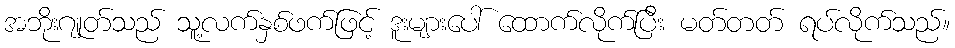
အဘိုးဂျုတ်သည် သူ့လက်နှစ်ဖက်ဖြင့် ဒူးများပေါ် ထောက်လိုက်ပြီး မတ်တတ် ရပ်လိုက်သည်။